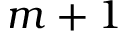
m + 1